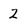
Character: 2